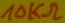
Text: 10KΩ